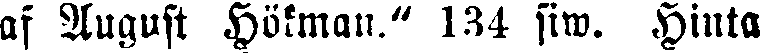
af August Hökman." 134 siw. Hinta